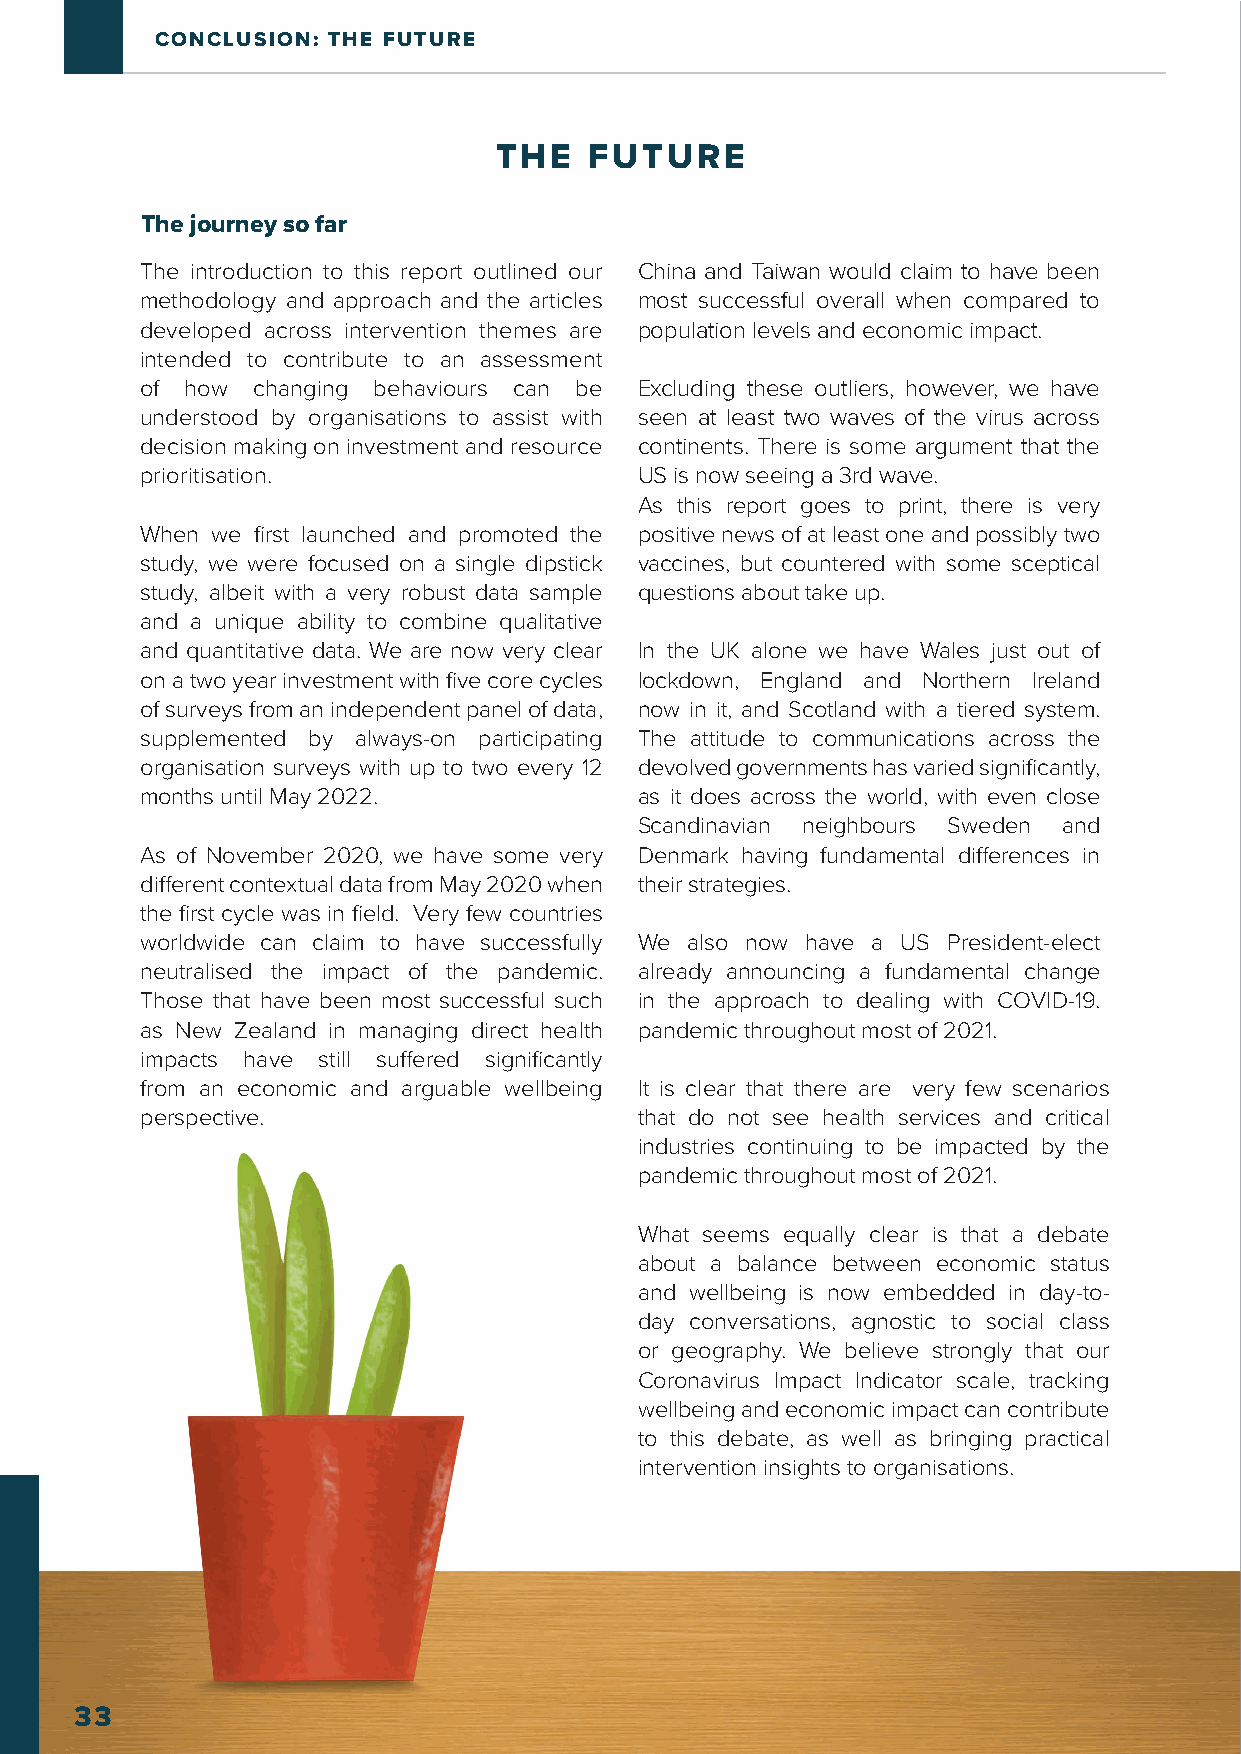
CONCLUSION: THE FUTURE
 THE   FUTURE
 The journey so far
 The introduction to this report outlined our China and Taiwan would claim to have been
 methodology and approach and the articles most successful overall when compared to
 developed across intervention themes are population levels and economic impact.
 intended to contribute to an assessment
 of how  changing behaviours can be Excluding these outliers, however, we have
 understood by organisations to assist with seen at least two waves of the virus across
 decision making on investment and resource continents. There is some argument that the
 prioritisation.                  US is now seeing a 3rd wave.
 As this report goes to print, there is very
 When we first launched and promoted the positive news of at least one and possibly two
 study, we were focused on a single dipstick vaccines, but countered with some sceptical
 study, albeit with a very robust data sample questions about take up.
 and a unique ability to combine qualitative
 and quantitative data. We are now very clear In the UK alone we have Wales just out of
 on a two year investment with five core cycles lockdown, England and Northern Ireland
 of surveys from an independent panel of data, now in it, and Scotland with a tiered system.
 supplemented by always-on participating The attitude to communications across the
 organisation surveys with up to two every 12 devolved governments has varied significantly,
 months until May 2022.           as it does across the world, with even close
 Scandinavian neighbours Sweden and
 As of November 2020, we have some very Denmark having fundamental differences in
 different contextual data from May 2020 when their strategies.
 the first cycle was in field. Very few countries
 worldwide can claim to have successfully We also now have a US President-elect
 neutralised the impact of the pandemic. already announcing a fundamental change
 Those that have been most successful such in the approach to dealing with COVID-19.
 as New Zealand in managing direct health pandemic throughout most of 2021.
 impacts have still suffered significantly
 from an economic and arguable wellbeing It is clear that there are very few scenarios
 perspective.                     that do not see health services and critical
 industries continuing to be impacted by the
 pandemic throughout most of 2021.
 What seems equally clear is that a debate
 about a balance between economic status
 and wellbeing is now embedded in day-to-
 day conversations, agnostic to social class
 or geography. We believe strongly that our
 Coronavirus Impact Indicator scale, tracking
 wellbeing and economic impact can contribute
 to this debate, as well as bringing practical
 intervention insights to organisations.
 33